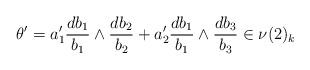
LaTeX: \begin{align*} \theta'= a_1' \frac{d b_1}{b_1} \wedge \frac{d b_2}{b_2}+a_2' \frac{d b_1}{b_1} \wedge \frac{d b_3}{b_3} \in \nu(2)_k\end{align*}